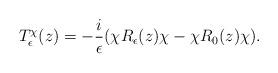
LaTeX: \begin{align*}T_\epsilon^\chi ( z ) = - \frac{ i } {\epsilon } (\chi R_\epsilon ( z ) \chi - \chi R_0 ( z ) \chi ) . \end{align*}